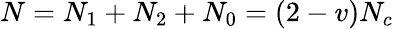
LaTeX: N=N_{1}+N_{2}+N_{0}=(2-v)N_{c}